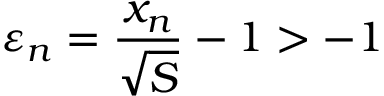
\varepsilon _ { n } = { \frac { x _ { n } } { \sqrt { S } } } - 1 > - 1